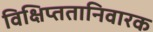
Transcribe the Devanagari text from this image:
विक्षिप्ततानिवारक